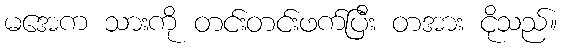
မအေက သားကို တင်းတင်းဖက်ပြီး တအား ငိုသည်။